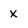
Character: x